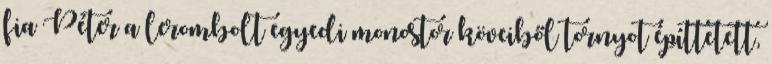
fia Péter a lerombolt egyedi monostor köveiből tornyot építtetett,